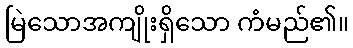
မြဲသောအကျိုးရှိသော ကံမည်၏။